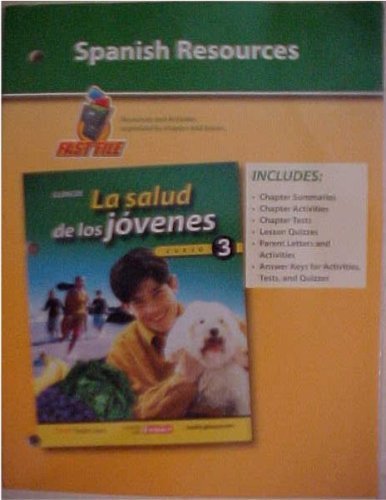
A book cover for Spanish Resources Glencoe Teen Health La Salud de los Jovenes Course 3; Glencoe McGraw-Hill; Health, Fitness & Dieting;